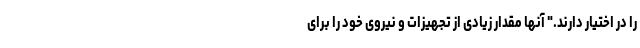
را در اختیار دارند." آنها مقدار زیادی از تجهیزات و نیروی خود را برای